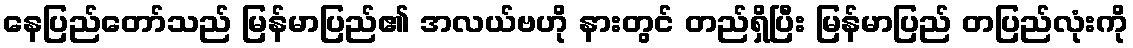
နေပြည်တော်သည် မြန်မာပြည်၏ အလယ်ဗဟို နားတွင် တည်ရှိပြီး မြန်မာပြည် တပြည်လုံးကို